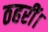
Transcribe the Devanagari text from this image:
ठहरीं।